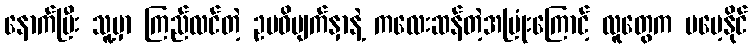
နောက်ပြီး သူ့မှာ ကြည်လင်တဲ့ ဥပဓိမျက်နှာနဲ့ ကလေးဆန်တဲ့အပြုံးကြောင့် လူတွေက မမေ့နိုင်